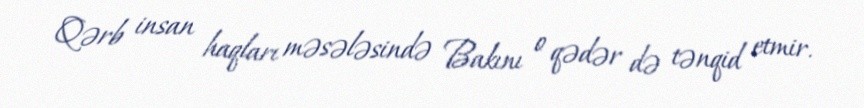
Qərb insan haqları məsələsində Bakını o qədər də tənqid etmir.